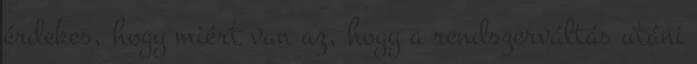
érdekes, hogy miért van az, hogy a rendszerváltás utáni